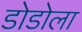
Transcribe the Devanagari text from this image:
डोडोला